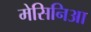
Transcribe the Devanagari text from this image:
मेसिनिआ